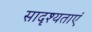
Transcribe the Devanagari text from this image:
सादृश्यताएं